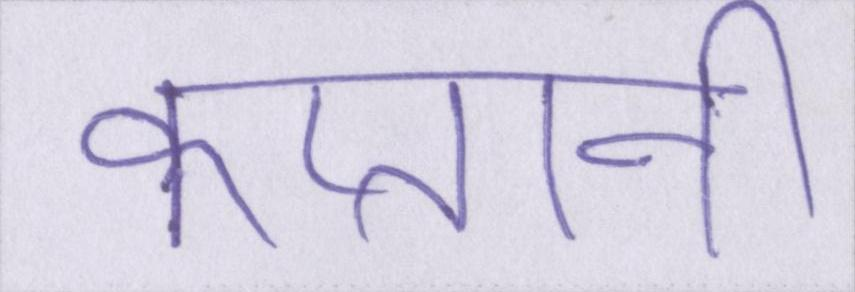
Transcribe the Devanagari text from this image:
कप्तानी